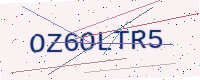
Text: OZ6OLTR5